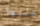
وعليها